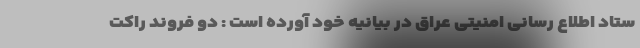
ستاد اطلاع رسانی امنیتی عراق در بیانیه خود آورده است : دو فروند راکت